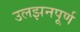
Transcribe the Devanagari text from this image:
उलझनपूर्ण